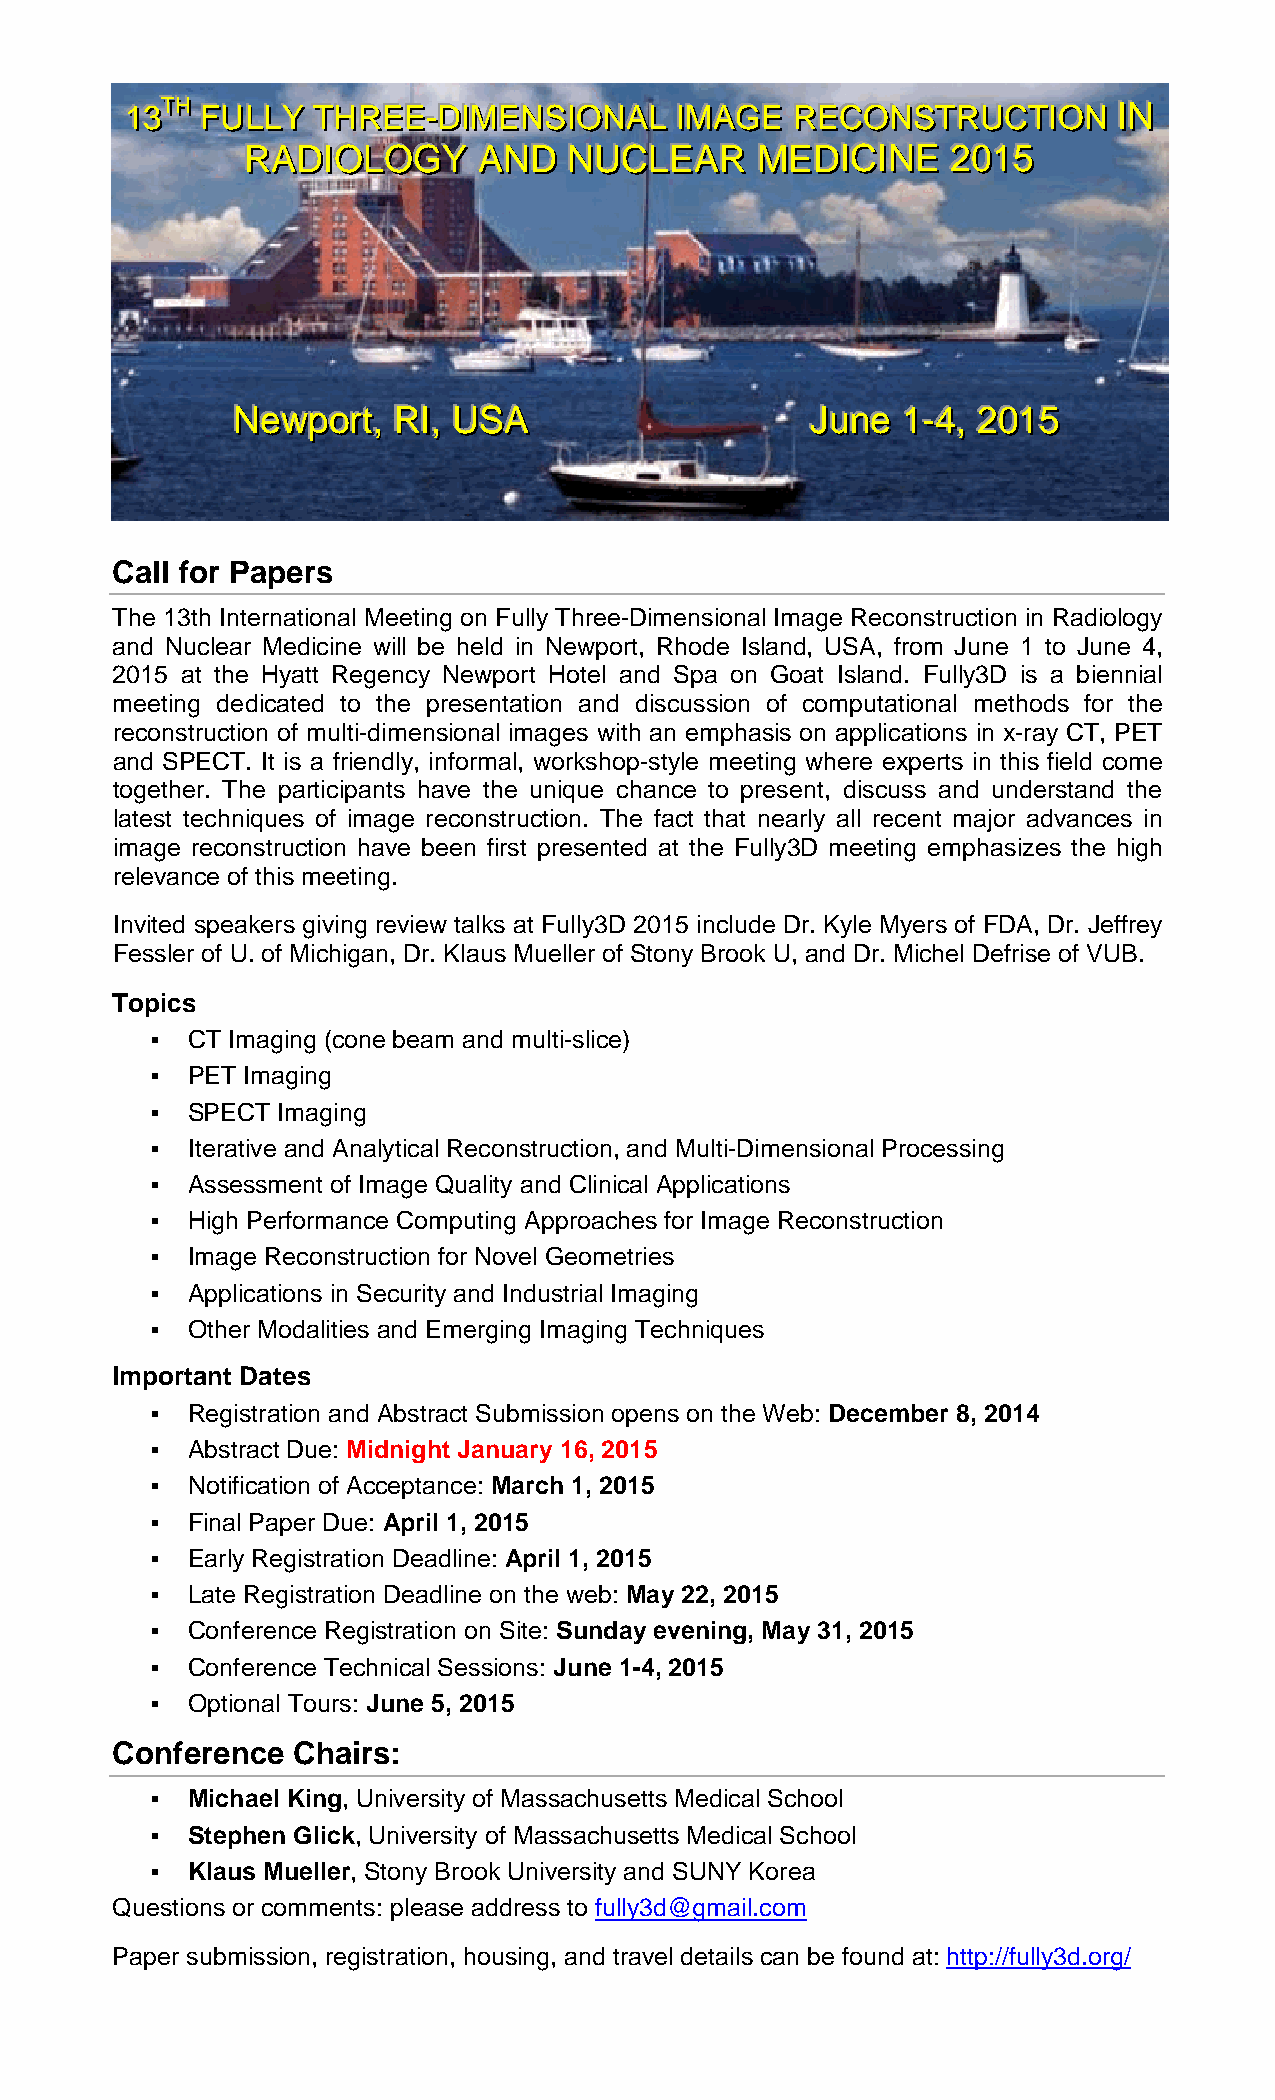
111333TTTHHH FFFUUULLLLLLYYY TTTHHHRRREEEEEE---DDDIIIMMMEEENNNSSSIIIOOONNNAAALLL IIIMMMAAAGGGEEE RRREEECCCOOONNNSSSTTTRRRUUUCCCTTTIIIOOONNN IIINNN
 RRRAAADDDIIIOOOLLLOOOGGGYYY AAANNNDDD NNNUUUCCCLLLEEEAAARRR MMMEEEDDDIIICCCIIINNNEEE 222000111555
 NNNeeewwwpppooorrrttt,,, RRRIII,,, UUUSSSAAA JJJuuunnneee 111---444,,, 222000111555
 Call for Papers
 The 13th International Meeting on Fully Three-Dimensional Image Reconstruction in Radiology
 and Nuclear Medicine will be held in Newport, Rhode Island, USA, from June 1 to June 4,
 2015 at the Hyatt Regency Newport Hotel and Spa on Goat Island. Fully3D is a biennial
 meeting dedicated to the presentation and discussion of computational methods for the
 reconstruction of multi-dimensional images with an emphasis on applications in x-ray CT, PET
 and SPECT. It is a friendly, informal, workshop-style meeting where experts in this field come
 together. The participants have the unique chance to present, discuss and understand the
 latest techniques of image reconstruction. The fact that nearly all recent major advances in
 image reconstruction have been first presented at the Fully3D meeting emphasizes the high
 relevance of this meeting.
 Invited speakers giving review talks at Fully3D 2015 include Dr. Kyle Myers of FDA, Dr. Jeffrey
 Fessler of U. of Michigan, Dr. Klaus Mueller of Stony Brook U, and Dr. Michel Defrise of VUB.
 Topics
  CT Imaging (cone beam and multi-slice)
  PET Imaging
  SPECT Imaging
  Iterative and Analytical Reconstruction, and Multi-Dimensional Processing
  Assessment of Image Quality and Clinical Applications
  High Performance Computing Approaches for Image Reconstruction
  Image Reconstruction for Novel Geometries
  Applications in Security and Industrial Imaging
  Other Modalities and Emerging Imaging Techniques
 Important Dates
  Registration and Abstract Submission opens on the Web: December 8, 2014
  Abstract Due: Midnight January 16, 2015
  Notification of Acceptance: March 1, 2015
  Final Paper Due: April 1, 2015
  Early Registration Deadline: April 1, 2015
  Late Registration Deadline on the web: May 22, 2015
  Conference Registration on Site: Sunday evening, May 31, 2015
  Conference Technical Sessions: June 1-4, 2015
  Optional Tours: June 5, 2015
 Conference  Chairs:
  Michael King, University of Massachusetts Medical School
  Stephen Glick, University of Massachusetts Medical School
  Klaus Mueller, Stony Brook University and SUNY Korea
 Questions or comments: please address to fully3d@gmail.com
 Paper submission, registration, housing, and travel details can be found at: http://fully3d.org/